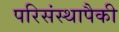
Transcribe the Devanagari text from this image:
परिसंस्थापैकी